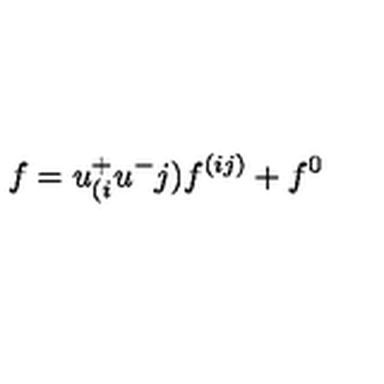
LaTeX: f = u _ { ( i } ^ { + } u ^ { - } { j ) } f ^ { ( i j ) } + f ^ { 0 } \nonumber \,